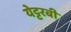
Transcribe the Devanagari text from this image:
येट्टरबी